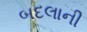
બદલાની